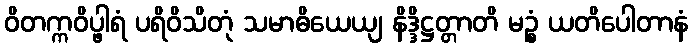
ဝိတက္ကဝိပ္ဖါရံ ပရိဝိသိတုံ သမာဓိယေယျ နိဒ္ဒိဋ္ဌတ္တာတိ မဉ္စံ ယတိပေါတာနံ